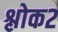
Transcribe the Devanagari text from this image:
श्लोक२